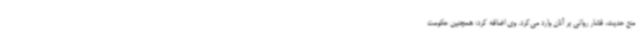
منع حدیث، فشار روانی بر آنان وارد می‌کرد. وی اضافه کرد: همچنین حکومت